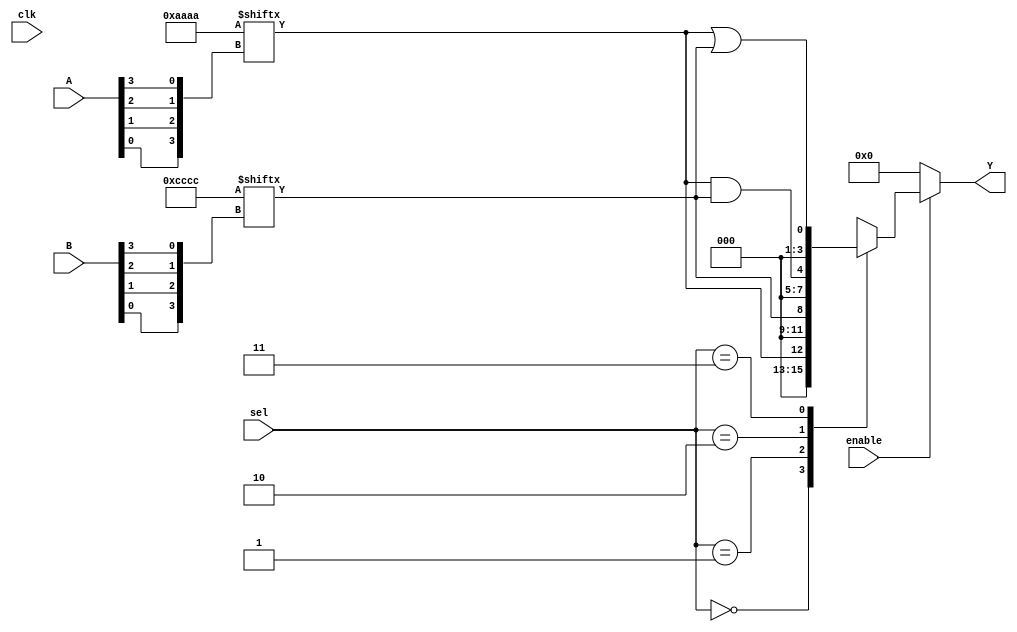
module CLB (
    input wire [3:0] A,            // 4-bit input signals
    input wire [3:0] B,            // 4-bit input signals
    input wire [1:0] sel,          // Selector for multiplexer
    input wire enable,              // Enable signal
    input wire clk,                 // Global clock signal
    output wire [3:0] Y            // 4-bit output signals
);

// Look-Up Tables (LUTs) for logic cells
reg [15:0] lut0; // 4-input LUT for logic cell 0
reg [15:0] lut1; // 4-input LUT for logic cell 1

// Output drivers
reg [3:0] output_reg;

// Configuration memory (for LUT contents)
initial begin
    lut0 = 16'b1010101010101010; // Example LUT configuration for cell 0
    lut1 = 16'b1100110011001100; // Example LUT configuration for cell 1
end

// Logic cells
wire lut0_out = lut0[{A[0], A[1], A[2], A[3]}]; // LUT0 output
wire lut1_out = lut1[{B[0], B[1], B[2], B[3]}]; // LUT1 output

// Multiplexer to select output based on control signal
always @(*) begin
    if (enable) begin
        case (sel)
            2'b00: output_reg = lut0_out; // Select output from LUT0
            2'b01: output_reg = lut1_out; // Select output from LUT1
            2'b10: output_reg = lut0_out & lut1_out; // AND operation
            2'b11: output_reg = lut0_out | lut1_out; // OR operation
            default: output_reg = 4'b0000; // Default case
        endcase
    end else begin
        output_reg = 4'b0000; // If not enabled, output is zero
    end
end

// Output drivers
assign Y = output_reg;

endmodule